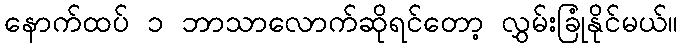
နောက်ထပ် ၁ ဘာသာလောက်ဆိုရင်တော့ လွှမ်းခြုံနိုင်မယ်။